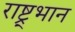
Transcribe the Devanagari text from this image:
राष्ट्र्भान